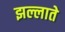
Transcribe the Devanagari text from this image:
झल्लाते